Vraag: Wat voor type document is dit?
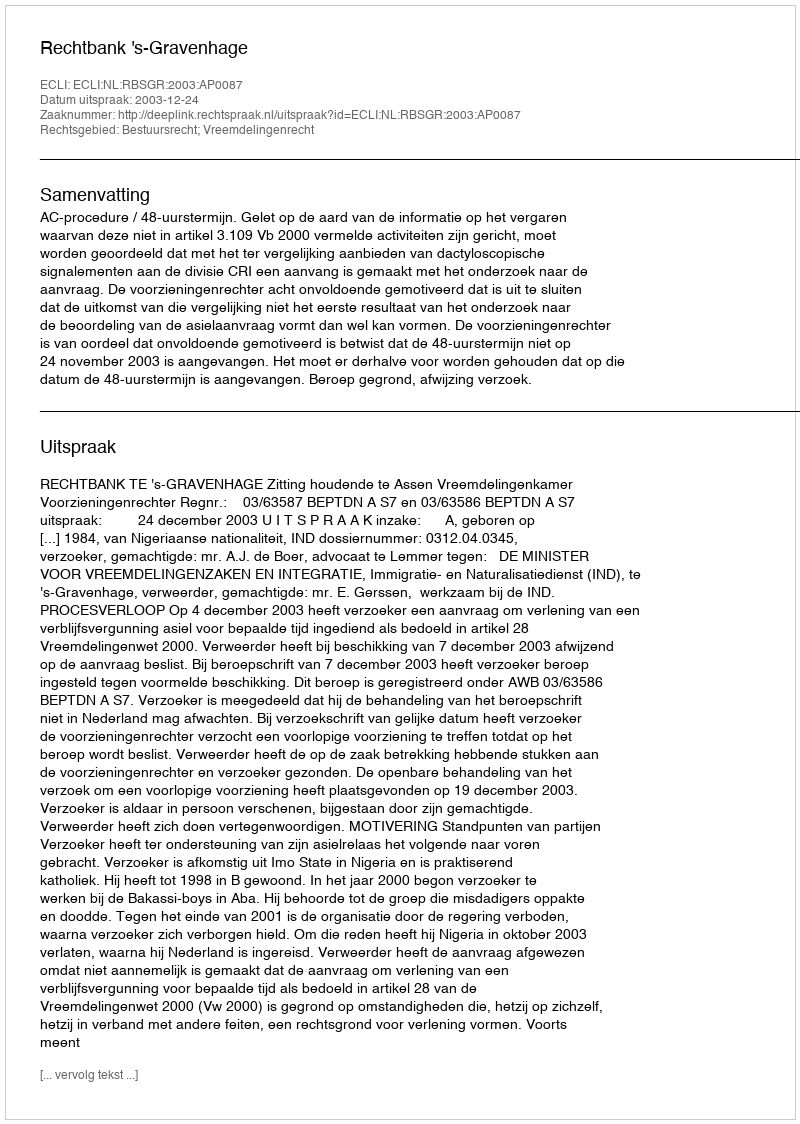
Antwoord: Uitspraak